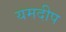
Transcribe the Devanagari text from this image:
यमदीप